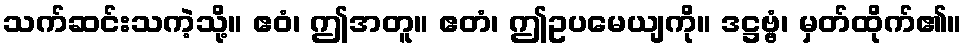
သက်ဆင်းသကဲ့သို့။ ဧဝံ၊ ဤအတူ။ ဧတံ၊ ဤဥပမေယျကို။ ဒဋ္ဌဗ္ဗံ၊ မှတ်ထိုက်၏။